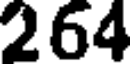
264